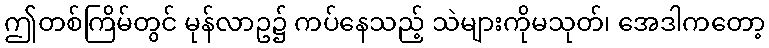
ဤတစ်ကြိမ်တွင် မုန်လာဥ၌ ကပ်နေသည့် သဲများကိုမသုတ်၊ အေဒါကတော့